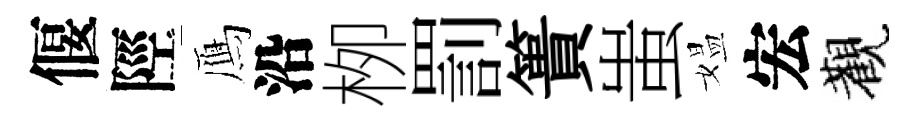
偃陘鴈沿栁罰簣蚩媪宏觀